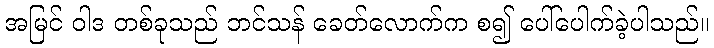
အမြင် ဝါဒ တစ်ခုသည် ဘင်သန် ခေတ်လောက်က စ၍ ပေါ်ပေါက်ခဲ့ပါသည်။